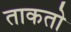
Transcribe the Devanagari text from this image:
ताकतो